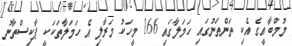
މުމްބާއީގެ އެކި ތަންތަނުގައި ހަމަލާގައި 166 މީހަކު މަރާލި އެ ހަމަލާތަކަކީ ޕާކިސްތާނު